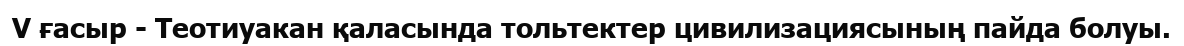
V ғасыр - Теотиуакан қаласында тольтектер цивилизациясының пайда болуы.